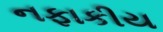
નફાકીય